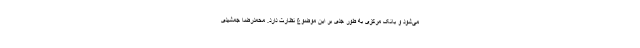
می‌شود و بانک مرکزی به طور جدی بر این موضوع نظارت دارد. محمدرضا جمشیدی